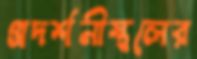
প্রদর্শনীস্থলের